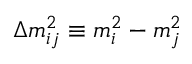
\Delta m _ { i j } ^ { 2 } \equiv m _ { i } ^ { 2 } - m _ { j } ^ { 2 }